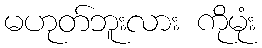
မဟုတ်ဘူးလား ကိုမုံး